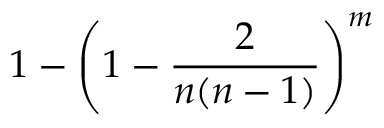
1 - \left( 1 - { \frac { 2 } { n ( n - 1 ) } } \right) ^ { m }